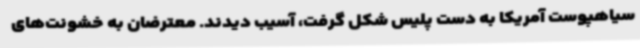
سیاهپوست آمریکا به دست پلیس شکل گرفت، آسیب دیدند. معترضان به خشونت‌های